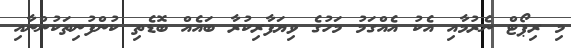
މި ރިޕޯޓް ނެރުމާއި އެކު އެއްގަމު މަހުގެ ވިޔަފާރިކުރާ ބައެއް ބޮޑެތި ކުންފުނިތަކުންނާއި